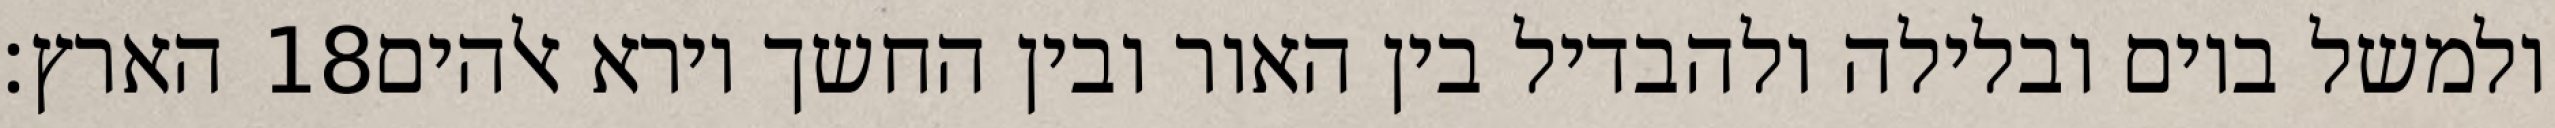
הארץ׃ ‎18‏ ולמשל ביום ובלילה ולהבדיל בין האור ובין החשך וירא אלהים